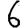
Digit: 6